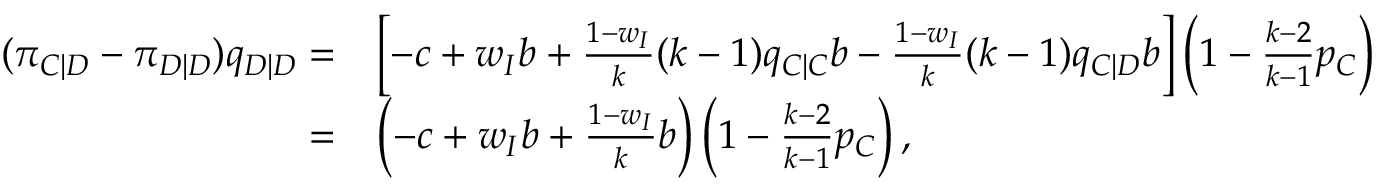
\begin{array} { r l } { ( \pi _ { C | D } - \pi _ { D | D } ) q _ { D | D } = } & { \left[ - c + w _ { I } b + \frac { 1 - w _ { I } } { k } ( k - 1 ) q _ { C | C } b - \frac { 1 - w _ { I } } { k } ( k - 1 ) q _ { C | D } b \right] \left( 1 - \frac { k - 2 } { k - 1 } p _ { C } \right) } \\ { = } & { \left( - c + w _ { I } b + \frac { 1 - w _ { I } } { k } b \right) \left( 1 - \frac { k - 2 } { k - 1 } p _ { C } \right) , } \end{array}